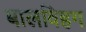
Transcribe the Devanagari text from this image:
बालविहग